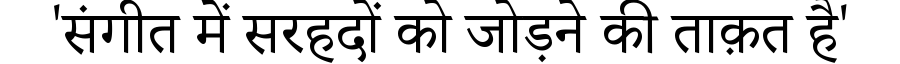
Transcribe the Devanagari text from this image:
'संगीत में सरहदों को जोड़ने की ताक़त है'